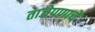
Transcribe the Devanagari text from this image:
ताजेपणाचे